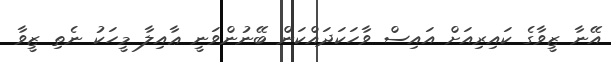
އޭނާ ޒީވާގެ ކައިރިއަށް އައިސް ވާހަކަދައްކަން ބޭނުންވަނީ ޢާއިލާ މީހަކު ނެތި ޒީވާ